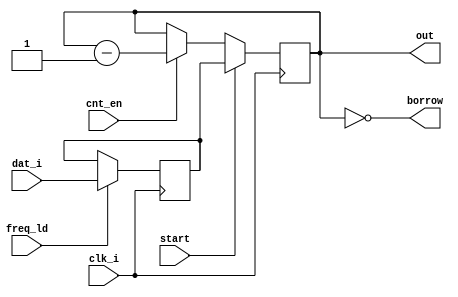
// Atosm Chip
// Copyright (C) 2008 Tomasz Malesinski <tmal@mimuw.edu.pl>
//
// This program is free software; you can redistribute it and/or modify
// it under the terms of the GNU General Public License as published by
// the Free Software Foundation; either version 2 of the License, or
// (at your option) any later version.
//
// This program is distributed in the hope that it will be useful,
// but WITHOUT ANY WARRANTY; without even the implied warranty of
// MERCHANTABILITY or FITNESS FOR A PARTICULAR PURPOSE.  See the
// GNU General Public License for more details.
//
// You should have received a copy of the GNU General Public License
// along with this program; if not, write to the Free Software
// Foundation, Inc., 59 Temple Place, Suite 330, Boston, MA  02111-1307  USA

module pokey_counter(clk_i, dat_i,
		     freq_ld, start, cnt_en,
		     out, borrow);
   input clk_i;
   input [7:0] dat_i;
   input       freq_ld;
   input       start;
   input       cnt_en;
   output [7:0] out;
   output 	borrow;

//   wire       clk_i;
//   wire [7:0] dat_i;
//   wire       freq_ld, start, cnt_en;

   reg [7:0]  freq;
   reg [7:0]  out;
//   wire       borrow;

   assign     borrow = (out == 0);

   always @ (posedge clk_i)
     if (start)
       out <= freq;
     else if (cnt_en)
       out <= out - 8'd1;

   always @ (posedge clk_i)
     if (freq_ld)
       freq <= dat_i;

endmodule

module pokey_basefreq(rst, clk_i, base15, out);

   input rst;
   input clk_i;
   input base15;
   output out;
   
   reg [5:0] div57;
   reg [1:0] div4;

//   wire rst, clk_i, base15;
   assign out = (div57 == 0) && (!base15 || div4 == 0);
   
   always @ (posedge clk_i)
     if (rst) begin
	div57 <= 6'b0;
	div4 <= 2'b0;
     end else if (div57 == 56) begin
	div57 <= 0;
	div4 <= div4 + 2'd1;
     end else
       div57 <= div57 + 6'd1;

endmodule

module pokey_poly4(rst, clk_i, out);
   input rst;
   input clk_i;
   output out;

   reg [3:0] shift;
//   wire   rst, clk_i;

   assign out = shift[3];

   always @ (posedge clk_i)
     if (rst)
       shift <= {shift[2:0], 1'b0};
     else
       shift <= {shift[2:0], shift[3] ~^ shift[2]};

endmodule

module pokey_poly5(rst, clk_i, out);
   input rst;
   input clk_i;
   output out;

   reg [4:0] shift;
//   wire   rst, clk_i;

   assign out = shift[4];

   always @ (posedge clk_i)
     if (rst)
       shift <= {shift[3:0], 1'b0};
     else
       shift <= {shift[3:0], shift[4] ~^ shift[2]};

endmodule

module pokey_poly17(rst, clk_i, short, out, random);

   input rst;
   input clk_i;
   input short;
   output out;
   output [7:0] random;

   reg [16:0] shift;
   wire       new_bit;
   reg 	      last_short;
//   wire       rst, clk_i;

   assign out = shift[16];
   assign random = shift[16:9];
   
   assign new_bit = shift[16] ~^ shift[11];

   // last_short is used to reset the shortened shift register when
   // shwitching from long to short.
   always @ (posedge clk_i)
     last_short <= short;

   always @ (posedge clk_i)
     shift <= {shift[15:8],
               (short ? new_bit : shift[7]) & ~rst & (last_short | ~short),
	       shift[6:0], new_bit};
endmodule

module pokey_audout(rst, clk_i, dat_i,
		    audc_we,
		    poly4, poly5, poly17,
		    in, filter_en, filter_in,
		    out);
   input rst;
   input clk_i;
   input [7:0] dat_i;
   input audc_we;
   input poly4, poly5, poly17;
   input in, filter_en, filter_in;

   output [3:0] out;
   
//   wire       rst, clk_i;
//   wire [7:0] dat_i;
   wire       audc_we;
//   wire       poly4, poly5, poly17;
//   wire       in, filter_en, filter_in;
//   wire [3:0] out;
   reg [3:0]  vol;
   reg 	      vol_only;
   reg 	      no_poly5;
   reg 	      poly4_sel;
   reg 	      no_poly17_4;
   reg 	      nf, filter_reg;

   wire       change;
   wire       ch_out;
   
   assign out = (ch_out | vol_only) ? vol : 4'b0;
   
   assign change = in & (no_poly5 | poly5);
   assign ch_out = filter_en ? filter_reg ^ nf : nf;

   always @ (posedge clk_i)
     if (audc_we) begin
	vol <= dat_i[3:0];
	vol_only <= dat_i[4];
	no_poly5 <= dat_i[7];
	poly4_sel <= dat_i[6];
	no_poly17_4 <= dat_i[5];
     end
	
   always @ (posedge clk_i)
     if (rst)
       nf <= 0;
     else if (change)
       if (no_poly17_4)
	 nf <= ~nf;
       else if (poly4_sel)
	 nf <= poly4;
       else
	 nf <= poly17;
   
   always @ (posedge clk_i)
     if (!filter_en || rst)
       filter_reg <= 0;
     else if (filter_in)
       filter_reg <= nf;

endmodule

module pokey_atosm(rst_i,
		   clk_i,
		   adr_i,
		   dat_i,
		   dat_o,
		   we_i,
		   stb_i,
		   ack_o,
		   irq,
		   audout,
		   p_i,
		   key_code, key_pressed, key_shift, key_break,
		   serout, serout_rdy_o, serout_ack_i,
		   serin, serin_rdy_i, serin_ack_o);
   input rst_i;
   input clk_i;
   input [3:0] adr_i;
   input [7:0] dat_i;
   input       we_i;
   input       stb_i;
   input [7:0] key_code;
   input       key_pressed, key_shift, key_break;
   input       serout_ack_i;
   input [7:0] serin;
   input       serin_rdy_i;
   input [7:0] p_i;

   output [7:0] dat_o;
   output 	ack_o;
   output 	irq;
   output [5:0] audout;
   output [7:0] serout;
   output 	serout_rdy_o, serin_ack_o;

   wire       rst_i, clk_i;
   wire [3:0] adr_i;
   wire [7:0] dat_i;
   wire       we_i;
   wire       stb_i;
   wire [7:0] key_code;
   wire       key_pressed, key_shift, key_break;
   reg 	      last_key_pressed, last_key_break;

   wire       ack_o;
   reg [7:0]  dat_o;

   wire [5:0] audout;
   
   wire [7:0] serin;
   wire       serin_rdy_i;
   reg 	      last_serin_rdy_i;
   reg 	      serin_ack_o;
   reg [7:0]  serout;
   reg 	      serout_rdy_o;
   wire       serout_ack_i;
   reg 	      last_serout_ack_i;

   wire       rst;
   wire       start_timer;

   reg 	      irq;

   parameter [2:0] IRQ_BREAK  = 7;
   parameter [2:0] IRQ_KEY    = 6;
   parameter [2:0] IRQ_SERIN  = 5;
   parameter [2:0] IRQ_SEROUT = 4;
   parameter [2:0] IRQ_SERFIN = 3;
   parameter [2:0] IRQ_TIMER4 = 2;
   parameter [2:0] IRQ_TIMER2 = 1;
   parameter [2:0] IRQ_TIMER1 = 1;

   reg [7:0] 	   irqen;
   reg [7:0] 	   irqst;

   // SKCTL bits.
   reg [1:0]  rst_bits;

   // AUDCTL bits.
   reg 	      poly9;
   reg 	      fast_ch0;
   reg 	      fast_ch2;
   reg 	      ch01;
   reg 	      ch23;
   reg 	      fi02;
   reg 	      fi13;
   reg 	      base15;

   reg [3:0]   audf_we;
   reg [3:0]   audc_we;
   wire [3:0]  start;
   wire [3:0]  cnt_en;
   wire [31:0] ctr_out;
   wire [3:0]  borrow;

   wire        poly4, poly5, poly17;
   reg [3:1]   poly4_shift, poly5_shift, poly17_shift;
   wire        base;

   wire [3:0]  audout0, audout1, audout2, audout3;

   integer    i, irq_i;

   wire [7:0] random;

   assign audout = {1'b0, audout0} + {1'b0, audout1} + {1'b0, audout2} + {1'b0, audout3};
   assign rst = (rst_bits == 0);

   assign     ack_o = stb_i;

   //
   reg [7:0]  pot_done = 0;
   reg [7:0]  pot_cntr[0:7];
   reg [7:0]  pot_count;

   // POTGO
   always @ (posedge clk_i)
     if (we_i && stb_i && adr_i == 'hb)
       begin
	  pot_cntr[0] <= 8'h00;
	  pot_cntr[1] <= 8'h00;
	  pot_cntr[2] <= 8'h00;
	  pot_cntr[3] <= 8'h00;
	  pot_cntr[4] <= 8'h00;
	  pot_cntr[5] <= 8'h00;
	  pot_cntr[6] <= 8'h00;
	  pot_cntr[7] <= 8'h00;
	  pot_done <= 8'h00;
	  pot_count <= 0;
       end // if (we_i && stb_i && adr_i == 'hb)
     else
       begin
	  if (pot_count != 8'hff)
	    pot_count <= pot_count + 8'd1;
	  else
	    pot_done <= 8'hff;

	  pot_cntr[0] <= p_i[0] ? 8'hff : 8'h00;
	  pot_cntr[1] <= p_i[1] ? 8'hff : 8'h00;
	  pot_cntr[2] <= p_i[2] ? 8'hff : 8'h00;
	  pot_cntr[3] <= p_i[3] ? 8'hff : 8'h00;
	  pot_cntr[4] <= p_i[4] ? 8'hff : 8'h00;
	  pot_cntr[5] <= p_i[5] ? 8'hff : 8'h00;
	  pot_cntr[6] <= p_i[6] ? 8'hff : 8'h00;
	  pot_cntr[7] <= p_i[7] ? 8'hff : 8'h00;
       end
   
`ifdef never
   always @ (adr_i or key_code or random or serin or irqst or irqen or
	     key_shift or key_pressed)
     if (adr_i == 'h9)
       // KBCODE
       dat_o = key_code;
     else if (adr_i == 'ha)
       // RANDOM
       dat_o = random;
     else if (adr_i == 'hd)
       // SERIN
       dat_o = serin;
     else if (adr_i == 'he)
       // IRQST
       dat_o = ~(irqst & irqen);
     else if (adr_i == 'hf)
       // SKSTAT
       dat_o = {1'b1,  // no framing error
		1'b1,  // no keyboard overrun
		1'b1,  // no serial data input over-run
		1'b1,  // serial input pad
		~key_shift,
		~key_pressed,
		1'b1,  // serial input shift register busy
		1'b1}; // not used
     else
       dat_o = 'hff;
`else // !`ifdef never
   always @ (adr_i or key_code or random or serin or irqst or irqen or
	     key_shift or key_pressed or pot_done or
	     pot_cntr[0] or pot_cntr[1] or pot_cntr[2] or pot_cntr[3] or
     	     pot_cntr[4] or pot_cntr[5] or pot_cntr[6] or pot_cntr[7])
     case (adr_i)
       4'h0, 4'h1, 4'h2, 4'h3, 4'h4, 4'h5, 4'h6, 4'h7:
	 dat_o = pot_cntr[adr_i[2:0]];
       4'h8: // ALLPOT
	 dat_o = pot_done;
       4'h9: // KBCODE
	 dat_o = key_code;
       4'ha: // RANDOM
	 dat_o = random;
       4'hd: // SERIN
	 dat_o = serin;
       4'he: // IRQST
	 dat_o = ~(irqst & irqen);
       4'hf: // SKSTAT
	 dat_o = {1'b1,  // no framing error
		  1'b1,  // no keyboard overrun
		  1'b1,  // no serial data input over-run
		  1'b1,  // serial input pad
		  ~key_shift,
		  ~key_pressed,
		  1'b1,  // serial input shift register busy
		  1'b1}; // not used
       default:
	 dat_o = 'hff;
     endcase
`endif // !`ifdef never
   
   always @ (adr_i) begin
      for (i = 0; i < 4; i = i + 1)
	audf_we[i] = {28'b0, adr_i} == (i << 1);
      for (i = 0; i < 4; i = i + 1)
	audc_we[i] = {28'b0, adr_i} == ((i << 1) + 32'd1);
   end

   assign start_timer = (we_i && stb_i && adr_i == 9);

   always @ (posedge clk_i)
     if (we_i && stb_i && adr_i == 8) begin
    	poly9 <= dat_i[7];
    	fast_ch0 <= dat_i[6];
    	fast_ch2 <= dat_i[5];
    	ch01 <= dat_i[4];
    	ch23 <= dat_i[3];
    	fi02 <= dat_i[2];
    	fi13 <= dat_i[1];
    	base15 <= dat_i[0];
     end

   // SKRES
   always @ (posedge clk_i)
     if (we_i && stb_i && adr_i == 'ha) begin
	// TODO: reset SKSTAT[7:5] if they are implemented
     end

   always @ (posedge clk_i) begin
      last_serin_rdy_i <= serin_rdy_i;
      if (rst)
	serin_ack_o <= 0;
      else if (stb_i && !we_i && adr_i == 'hd && serin_rdy_i)
	serin_ack_o <= 1;
      else if (!serin_rdy_i)
	serin_ack_o <= 0;
   end

   // SEROUT
   always @ (posedge clk_i) begin
      last_serout_ack_i <= serout_ack_i;
      if (rst)
	serout_rdy_o <= 0;
      else if (we_i && stb_i && adr_i == 'hd) begin
	 serout <= dat_i;
	 serout_rdy_o <= 1;
      end else if (serout_ack_i)
	serout_rdy_o <= 0;
   end

   // IRQEN
   always @ (posedge clk_i)
     if (we_i && stb_i && adr_i == 'he)
	irqen <= dat_i;

   always @ (posedge clk_i)
     if (we_i && stb_i && adr_i == 'hf) begin
	rst_bits <= dat_i[1:0];
	// TODO: rest of the bits.
     end

   always @ (posedge clk_i) begin
      last_key_pressed <= key_pressed;
      last_key_break <= key_break;
   end

   always @ (posedge clk_i)
     // IRQ_SERFIN has no latch.
     irqst <= irqen & ({irqst[7:4],
			!serout_ack_i && !serout_rdy_o,
			irqst[2:0]} |
		       {key_break && !last_key_break,
			key_pressed && !last_key_pressed,
			serin_rdy_i && !last_serin_rdy_i,
			serout_ack_i && !last_serout_ack_i,
			1'b0, borrow[3], borrow[1:0]});

   always @ (irqst) begin
      irq = 0;
      for (i = 0; i < 8; i = i + 1)
	irq = irq || irqst[i];
   end

   pokey_basefreq u_base(rst, clk_i, base15, base);

   pokey_poly4 u_poly4(rst, clk_i, poly4);
   pokey_poly5 u_poly5(rst, clk_i, poly5);
   pokey_poly17 u_poly17(rst, clk_i, poly9, poly17, random);

   always @ (posedge clk_i) begin
      poly4_shift <= {poly4_shift[2:1], poly4};
      poly5_shift <= {poly5_shift[2:1], poly5};
      poly17_shift <= {poly17_shift[2:1], poly17};
   end

   assign cnt_en[0] = fast_ch0 ? 1'b1 : base;
   assign cnt_en[1] = ch01 ? borrow[0] : base;
   assign cnt_en[2] = fast_ch2 ? 1'b1 : base;
   assign cnt_en[3] = ch23 ? borrow[2] : base;

   assign start[0] = start_timer | (ch01 ? borrow[1] : borrow[0]);
   assign start[1] = start_timer | borrow[1];
   assign start[2] = start_timer | (ch23 ? borrow[3] : borrow[2]);
   assign start[3] = start_timer | borrow[3];

   // TODO: clean it up after removing the array of instances
   // (remove assignments above)
   // TODO: do we need ctr_out?
   pokey_counter u_ctr0(clk_i, dat_i,
			audf_we[0], start[0], cnt_en[0],
			ctr_out[7:0], borrow[0]);
   pokey_counter u_ctr1(clk_i, dat_i,
			audf_we[1], start[1], cnt_en[1],
			ctr_out[15:8], borrow[1]);
   pokey_counter u_ctr2(clk_i, dat_i,
			audf_we[2], start[2], cnt_en[2],
			ctr_out[23:16], borrow[2]);
   pokey_counter u_ctr3(clk_i, dat_i,
			audf_we[3], start[3], cnt_en[3],
			ctr_out[31:24], borrow[3]);
   pokey_audout u_audout0(start_timer, clk_i, dat_i,
			  audc_we[0],
			  poly4, poly5, poly17,
			  borrow[0], fi02, borrow[2],
			  audout0);
   pokey_audout u_audout1(start_timer, clk_i, dat_i,
			  audc_we[1],
			  poly4_shift[1], poly5_shift[1], poly17_shift[1],
			  borrow[1], fi13, borrow[3],
			  audout1);
   pokey_audout u_audout2(start_timer, clk_i, dat_i,
			  audc_we[2],
			  poly4_shift[2], poly5_shift[2], poly17_shift[2],
			  borrow[2], 1'b0, 1'b0,
			  audout2);
   pokey_audout u_audout3(start_timer, clk_i, dat_i,
			  audc_we[3],
			  poly4_shift[3], poly5_shift[3], poly17_shift[3],
			  borrow[3], 1'b0, 1'b0,
			  audout3);
endmodule